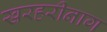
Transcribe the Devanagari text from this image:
खरहरीनाग